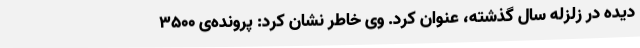
دیده در زلزله سال گذشته، عنوان کرد. وی خاطر نشان کرد: پرونده‌ی 3500